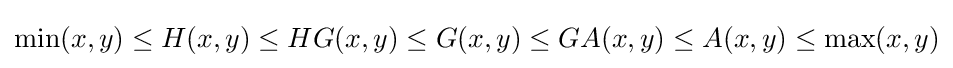
\min(x,y)\leq H(x,y)\leq HG(x,y)\leq G(x,y)\leq GA(x,y)\leq A(x,y)\leq \max(x,y)